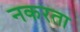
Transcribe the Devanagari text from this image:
नकरता